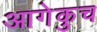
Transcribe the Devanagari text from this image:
आगेकुच